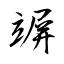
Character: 竮